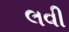
લવી